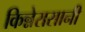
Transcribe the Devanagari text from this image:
किन्नेरासानी